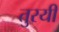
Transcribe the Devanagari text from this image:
तुरयी